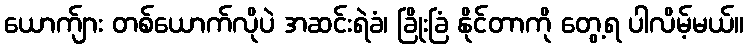
ယောက်ျား တစ်ယောက်လိုပဲ အဆင်းရဲခံ၊ ခြိုးခြံ နိုင်တာကို တွေ့ရ ပါလိမ့်မယ်။